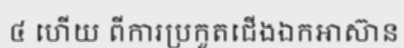
៤ ហើយ ពីការប្រកួតជើងឯកអាស៊ាន